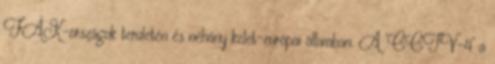
FÁK-országok területén és néhány kelet-európai államban. A ’CCTV-4’ a